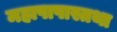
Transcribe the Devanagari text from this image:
महापापास्तथा